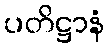
ပတိဋ္ဌာနံ